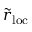
\tilde { r } _ { \mathrm { l o c } }